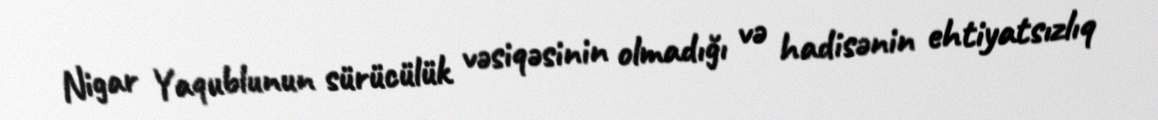
Nigar Yaqublunun sürücülük vəsiqəsinin olmadığı və hadisənin ehtiyatsızlıq